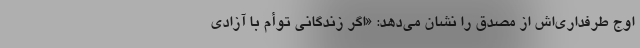
اوج طرفداری‌اش از مصدق را نشان می‌دهد: «اگر زندگانی توأم با آزادی